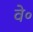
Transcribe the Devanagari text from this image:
वे॰